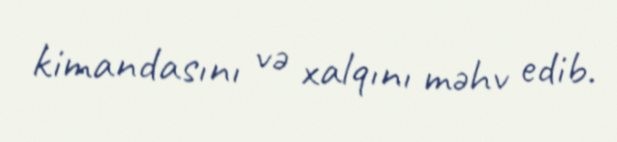
kimandasını və xalqını məhv edib.